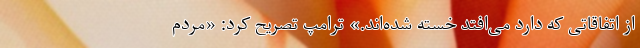
از اتفاقاتی که دارد می‌افتد خسته شده‌اند.» ترامپ تصریح کرد: «مردم